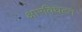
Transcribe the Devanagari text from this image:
क्षारविघटन